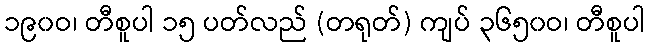
၁၉၀ဝ၊ တီစူပါ ၁၅ ပတ်လည် (တရုတ်) ကျပ် ၃၆၅၀ဝ၊ တီစူပါ